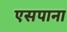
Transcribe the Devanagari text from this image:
एसपाना